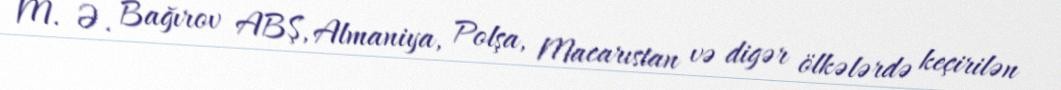
M. Ə. Bağırov ABŞ, Almaniya, Polşa, Macarıstan və digər ölkələrdə keçirilən